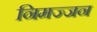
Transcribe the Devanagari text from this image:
निमज्‍जन